Civil Veterinary Department Bengal reports 1933-51 - 1933-1951
Year: 1933
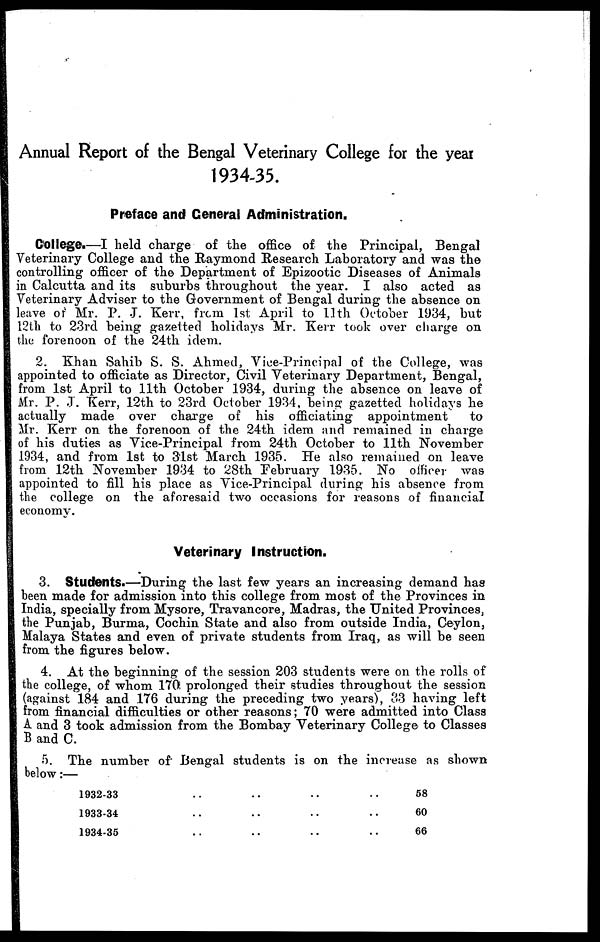
Annual Report of the Bengal Veterinary College for the year
1934-35.
Preface and General Administration.
College.—I held charge of the office of the Principal, Bengal
Veterinary College and the Raymond Research Laboratory and was the
controlling officer of the Department of Epizootic Diseases of Animals
in Calcutta and its suburbs throughout the year. I also acted as
Veterinary Adviser to the Government of Bengal during the absence on
leave or Mr. P. J. Kerr, from 1st April to 11 th October 1934, but
12th to 23rd being gazetted holidays Mr. Kerr took over charge on
the forenoon of the 24th idem.
2. Khan Sahib S. S. Ahmed, Vice-Principal of the College, was
appointed to officiate as Director, Civil Veterinary Department, Bengal,
from 1st April to 11th October 1934, during the absence on leave of
Mr. P. J. Kerr, 12th to 23rd October 1934, being gazetted holidays he
actually made over charge of his officiating appointment
to
Mr. Kerr on the forenoon of the 24th idem and remained in charge
of his duties as Vice-Principal from 24th October to 11th November
1934, and from 1st to 31st March 1935. He also remained on leave
from 12th November 1934 to 28th February 1935. No officer was
appointed to fill his place as Vice-Principal during his absence from
the college on the aforesaid two occasions for reasons of financial
economy.
Veterinary Instruction.
3. Students.—During the last few years an increasing demand has
been made for admission into this college from most of the Provinces in
India, specially from Mysore, Travancore, Madras, the United Provinces,
the Punjab, Burma, Cochin State and also from outside India, Ceylon,
Malaya States and even of private students from Iraq, as will be seen
from the figures below.
4. At the beginning of the session 203 students were on the rolls of
the college, of whom 170 prolonged their studies throughout the session
(against 184 and 176 during the preceding two years), 33 having left
from financial difficulties or other reasons; 70 were admitted into Class
A and 3 took admission from the Bombay Veterinary College to Classes
B and C.
5. The number of Bengal students is on the increase as shown
below:—
1932-33 .. .. .. ..
1933-34 .. .. .. ..
1934-35 .. .. .. ..
58
60
66